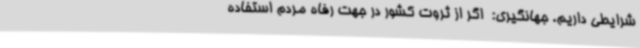
شرایطی داریم. جهانگیری:  اگر از ثروت کشور در جهت رفاه مردم استفاده